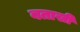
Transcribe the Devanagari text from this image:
बताखी